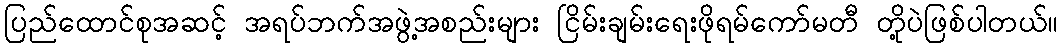
ပြည်ထောင်စုအဆင့် အရပ်ဘက်အဖွဲ့အစည်းများ ငြိမ်းချမ်းရေးဖိုရမ်ကော်မတီ တို့ပဲဖြစ်ပါတယ်။